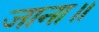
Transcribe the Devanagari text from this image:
जाना॥